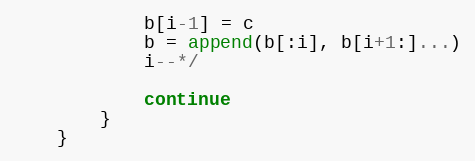
Language: Go
			b[i-1] = c
			b = append(b[:i], b[i+1:]...)
			i--*/

			continue
		}
	}